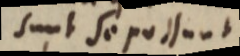
sunt se possunt